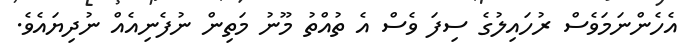
އެހެންނަމަވެސް ރުހައިލުގެ ސިފަ ވެސް އެ ތުއްތު މޫނު މަތިން ނުފެނިއެއް ނުދިޔައެވެ.